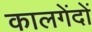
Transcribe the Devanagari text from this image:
कालगेंदों